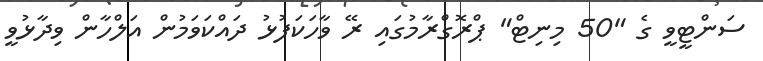
ސަންޓީވީ ގެ "50 މިނިޓް" ޕްރޮގްރާމުގައި ރޭ ވާހަކަފުޅު ދައްކަވަމުން އަލްހާން ވިދާޅުވީ